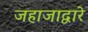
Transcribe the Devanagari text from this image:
जहाजाद्वारे